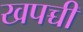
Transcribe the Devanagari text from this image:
खपच्ची